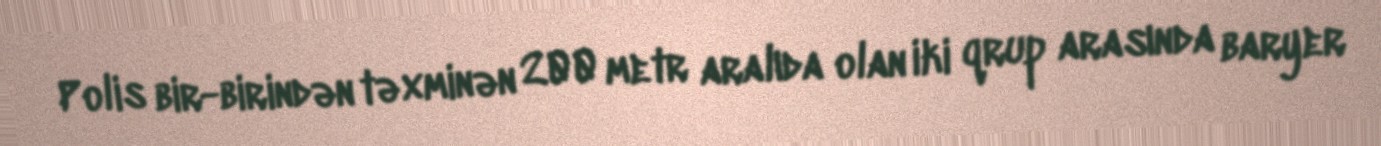
Polis bir-birindən təxminən 200 metr aralıda olan iki qrup arasında baryer